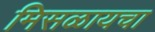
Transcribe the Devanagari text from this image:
मिसळायचा